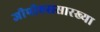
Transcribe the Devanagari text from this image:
जीपीएससारख्या